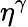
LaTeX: \eta^{\gamma}